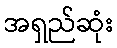
အရှည်ဆုံး